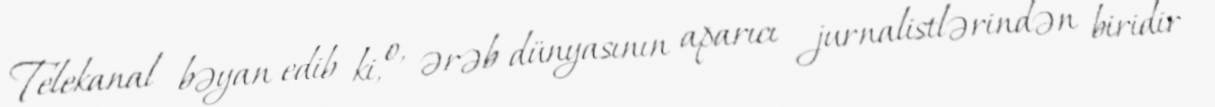
Telekanal bəyan edib ki, o, ərəb dünyasının aparıcı jurnalistlərindən biridir